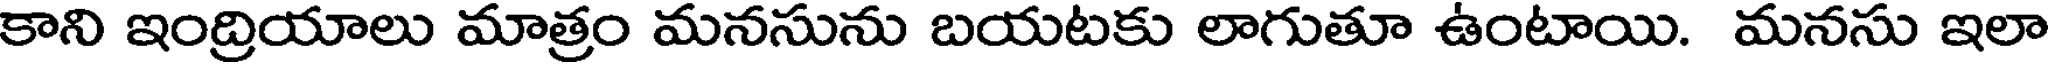
కాని ఇంద్రియాలు మాత్రం మనసును బయటకు లాగుతూ ఉంటాయి. మనసు ఇలా